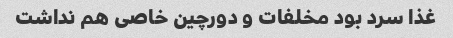
غذا سرد بود مخلفات و دورچین خاصی هم نداشت